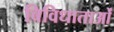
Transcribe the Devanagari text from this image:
विविधाताओं